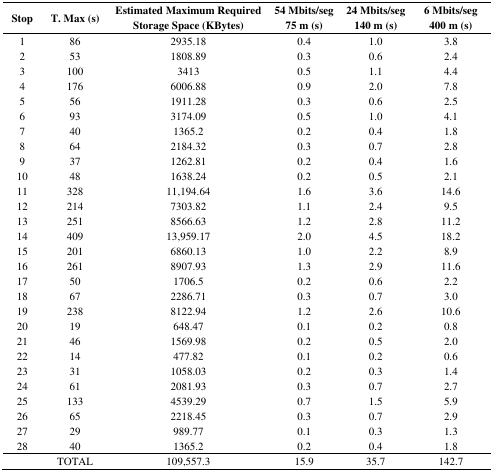
<table><thead><tr><td><b>Stop</b></td><td><b>T. Max (s)</b></td><td><b>Estimated Maximum Required Storage Space (KBytes)</b></td><td><b>54 Mbits/seg 75 m (s)</b></td><td><b>24 Mbits/seg 140 m (s)</b></td><td><b>6 Mbits/seg 400 m (s)</b></td></tr></thead><tbody><tr><td>1</td><td>86</td><td>2935.18</td><td>0.4</td><td>1.0</td><td>3.8</td></tr><tr><td>2</td><td>53</td><td>1808.89</td><td>0.3</td><td>0.6</td><td>2.4</td></tr><tr><td>3</td><td>100</td><td>3413</td><td>0.5</td><td>1.1</td><td>4.4</td></tr><tr><td>4</td><td>176</td><td>6006.88</td><td>0.9</td><td>2.0</td><td>7.8</td></tr><tr><td>5</td><td>56</td><td>1911.28</td><td>0.3</td><td>0.6</td><td>2.5</td></tr><tr><td>6</td><td>93</td><td>3174.09</td><td>0.5</td><td>1.0</td><td>4.1</td></tr><tr><td>7</td><td>40</td><td>1365.2</td><td>0.2</td><td>0.4</td><td>1.8</td></tr><tr><td>8</td><td>64</td><td>2184.32</td><td>0.3</td><td>0.7</td><td>2.8</td></tr><tr><td>9</td><td>37</td><td>1262.81</td><td>0.2</td><td>0.4</td><td>1.6</td></tr><tr><td>10</td><td>48</td><td>1638.24</td><td>0.2</td><td>0.5</td><td>2.1</td></tr><tr><td>11</td><td>328</td><td>11,194.64</td><td>1.6</td><td>3.6</td><td>14.6</td></tr><tr><td>12</td><td>214</td><td>7303.82</td><td>1.1</td><td>2.4</td><td>9.5</td></tr><tr><td>13</td><td>251</td><td>8566.63</td><td>1.2</td><td>2.8</td><td>11.2</td></tr><tr><td>14</td><td>409</td><td>13,959.17</td><td>2.0</td><td>4.5</td><td>18.2</td></tr><tr><td>15</td><td>201</td><td>6860.13</td><td>1.0</td><td>2.2</td><td>8.9</td></tr><tr><td>16</td><td>261</td><td>8907.93</td><td>1.3</td><td>2.9</td><td>11.6</td></tr><tr><td>17</td><td>50</td><td>1706.5</td><td>0.2</td><td>0.6</td><td>2.2</td></tr><tr><td>18</td><td>67</td><td>2286.71</td><td>0.3</td><td>0.7</td><td>3.0</td></tr><tr><td>19</td><td>238</td><td>8122.94</td><td>1.2</td><td>2.6</td><td>10.6</td></tr><tr><td>20</td><td>19</td><td>648.47</td><td>0.1</td><td>0.2</td><td>0.8</td></tr><tr><td>21</td><td>46</td><td>1569.98</td><td>0.2</td><td>0.5</td><td>2.0</td></tr><tr><td>22</td><td>14</td><td>477.82</td><td>0.1</td><td>0.2</td><td>0.6</td></tr><tr><td>23</td><td>31</td><td>1058.03</td><td>0.2</td><td>0.3</td><td>1.4</td></tr><tr><td>24</td><td>61</td><td>2081.93</td><td>0.3</td><td>0.7</td><td>2.7</td></tr><tr><td>25</td><td>133</td><td>4539.29</td><td>0.7</td><td>1.5</td><td>5.9</td></tr><tr><td>26</td><td>65</td><td>2218.45</td><td>0.3</td><td>0.7</td><td>2.9</td></tr><tr><td>27</td><td>29</td><td>989.77</td><td>0.1</td><td>0.3</td><td>1.3</td></tr><tr><td>28</td><td>40</td><td>1365.2</td><td>0.2</td><td>0.4</td><td>1.8</td></tr><tr><td></td><td>TOTAL</td><td>109,557.3</td><td>15.9</td><td>35.7</td><td>142.7</td></tr></tbody></table>